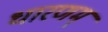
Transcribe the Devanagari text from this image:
धारणम्